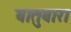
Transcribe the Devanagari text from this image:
बातुबारा